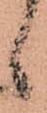
候